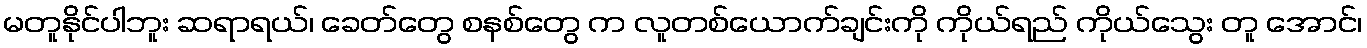
မတူနိုင်ပါဘူး ဆရာရယ်၊ ခေတ်တွေ စနစ်တွေ က လူတစ်ယောက်ချင်းကို ကိုယ်ရည် ကိုယ်သွေး တူ အောင်၊